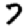
Digit: 7